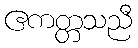
ဧကတ္တသညီ